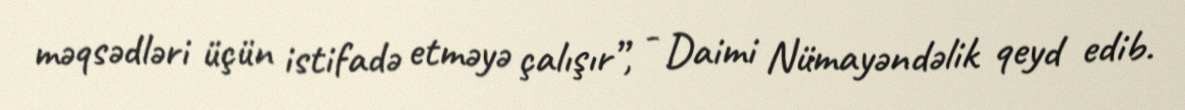
məqsədləri üçün istifadə etməyə çalışır”, - Daimi Nümayəndəlik qeyd edib.